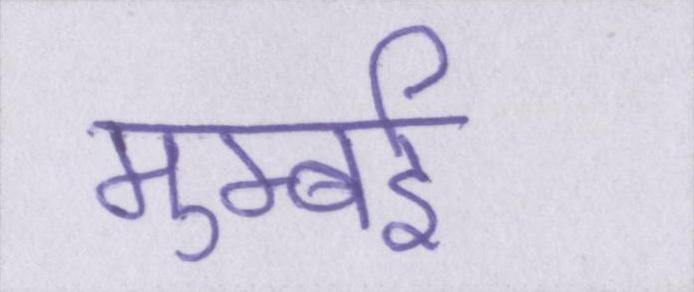
मुम्बई